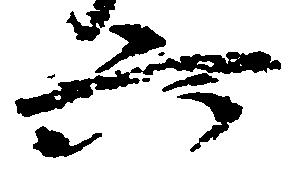
六